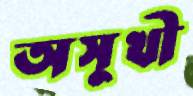
অসুখী